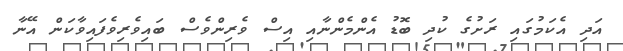
އަދި އެކަމުގައި ރަށުގެ ކުދި ބޮޑު އެންމެންނާއި އިސް ވެރިންވެސް ބައިވެރިވެފައިވާކަން އޭނާ